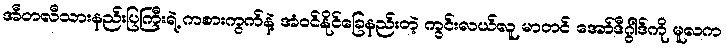
အီတလီသားနည်းပြကြီးရဲ့ ကစားကွက်နဲ့ အံဝင်နိုင်ခြေနည်းတဲ့ ကွင်းလယ်လူ မာတင် အော်ဒီဂွါဒ်ကို မူလက